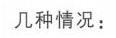
几种情况：